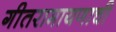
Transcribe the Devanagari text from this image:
गीतरामायणाची